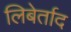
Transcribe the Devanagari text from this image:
लिबेर्ताद